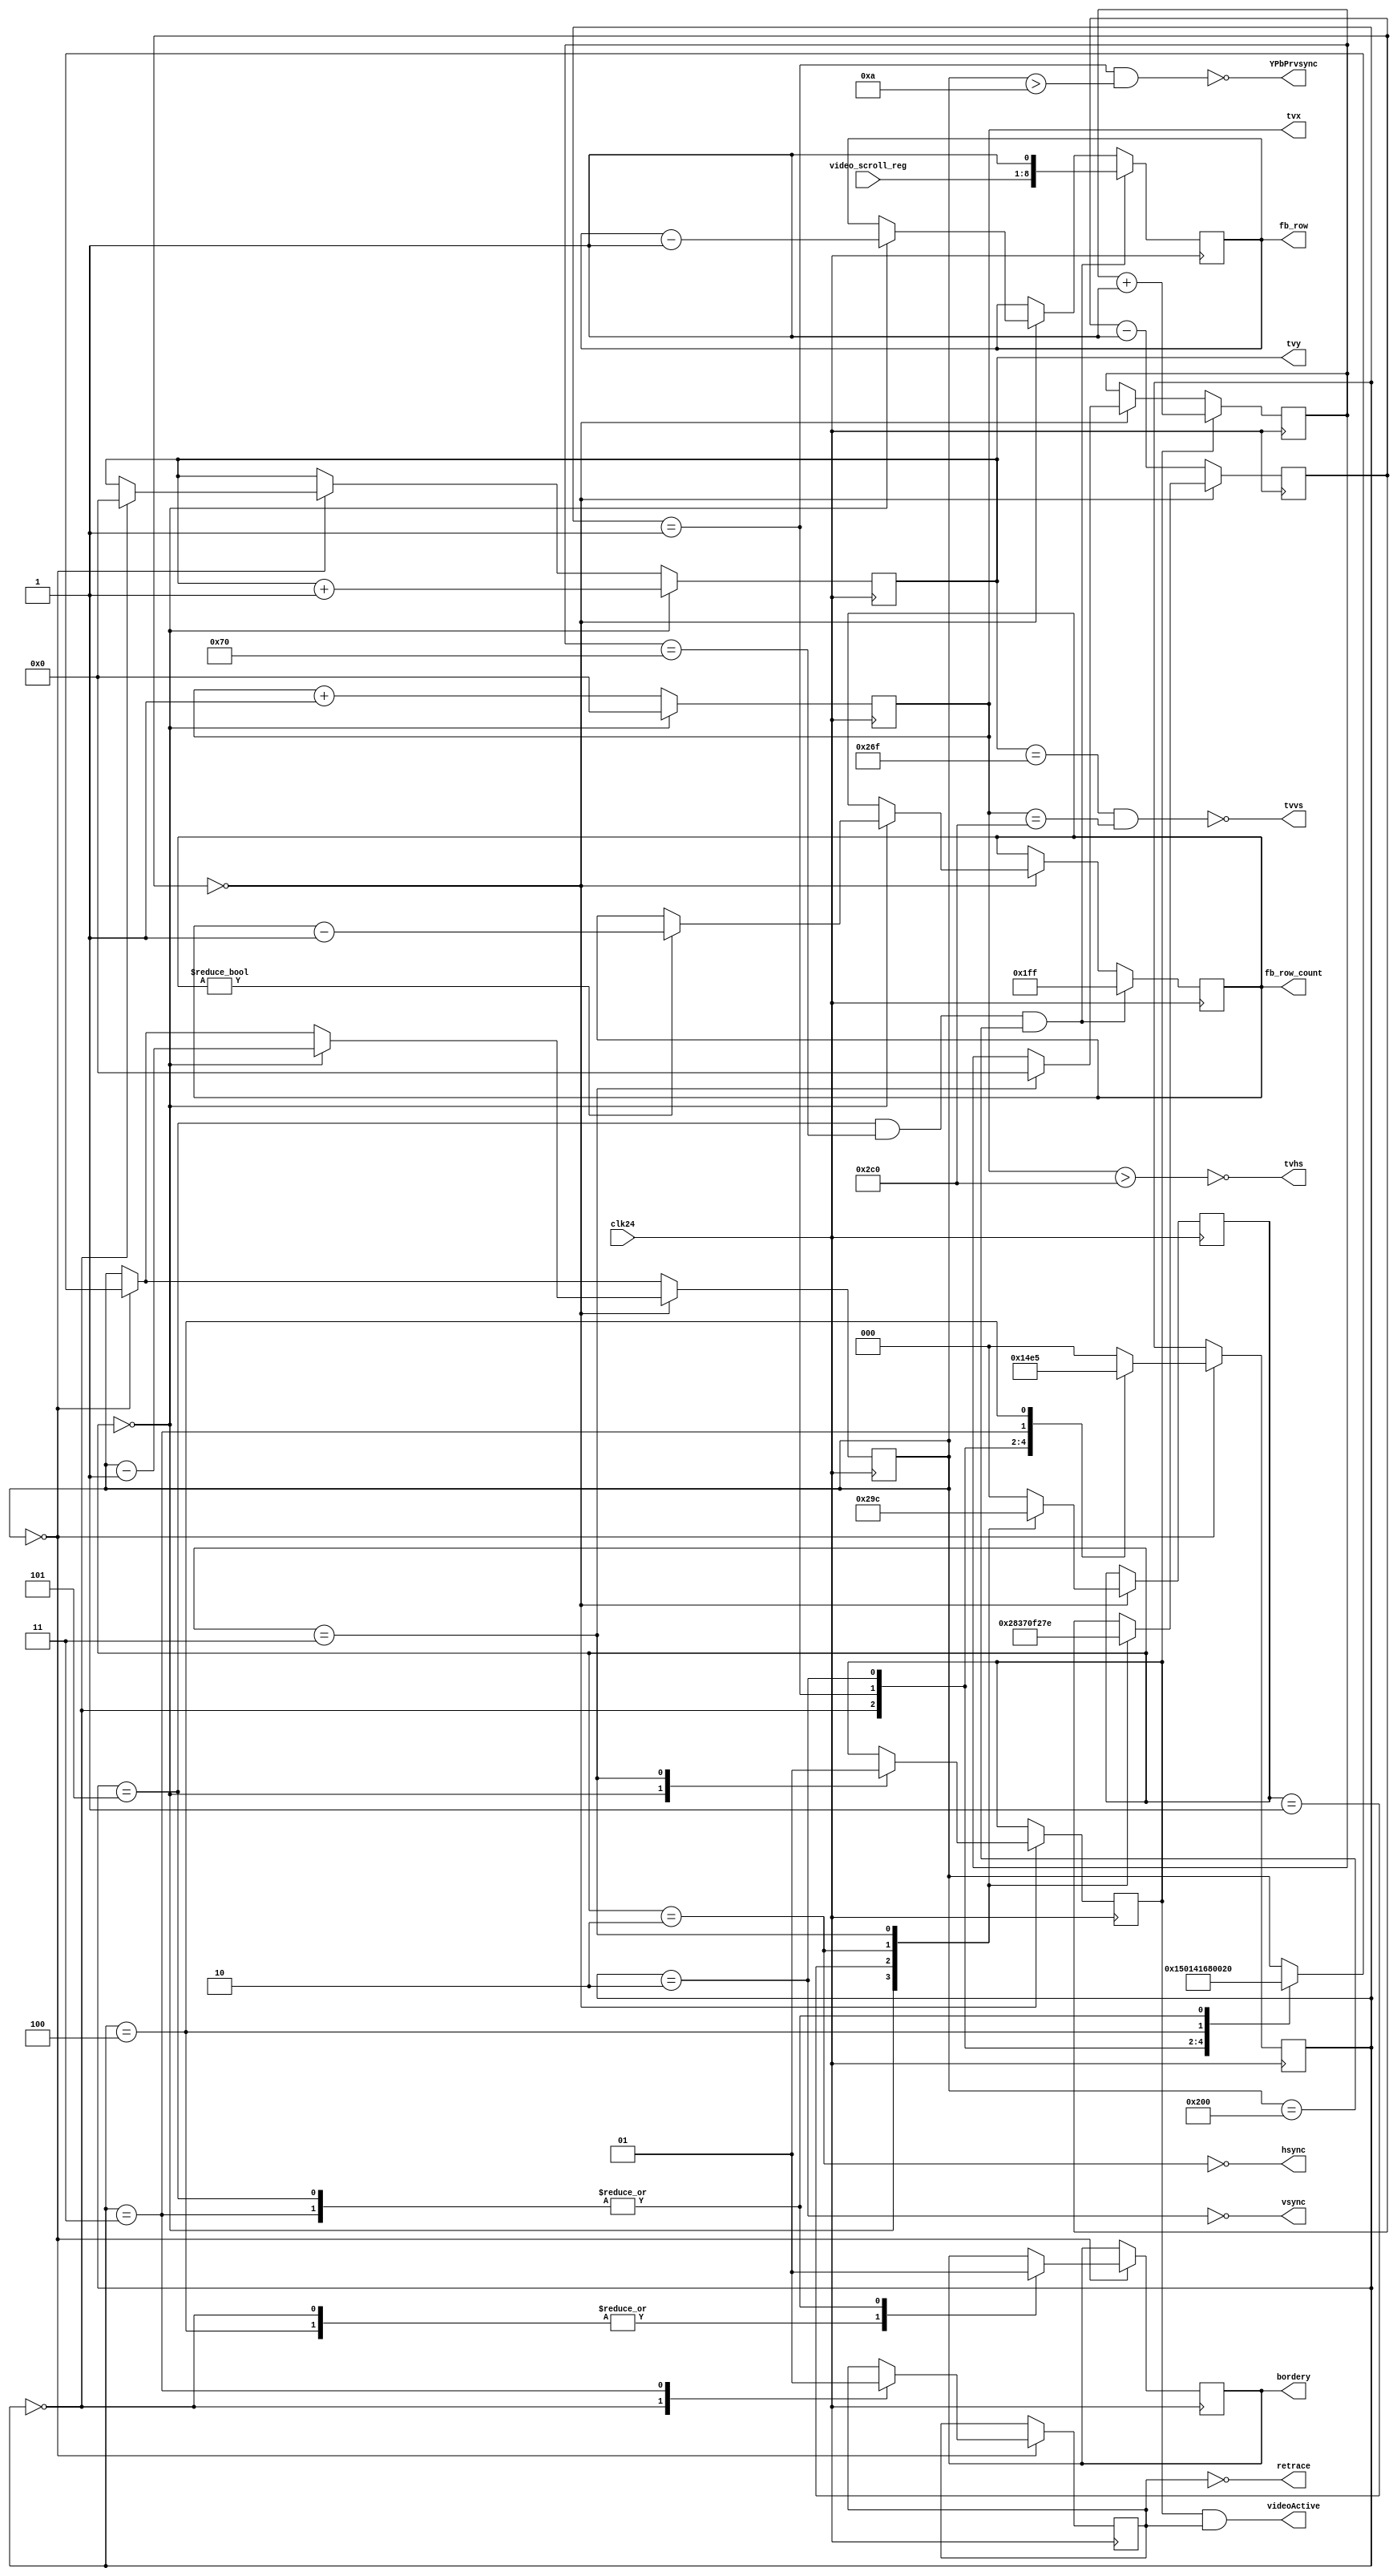
module vga_refresh(clk24, hsync, vsync, YPbPrvsync, videoActive, bordery, retrace, video_scroll_reg, fb_row, fb_row_count, tvhs, tvvs, tvx, tvy);
input			clk24;
output			hsync;
output			vsync;
output			YPbPrvsync;
output			videoActive;
output	reg		bordery;
output 			retrace;
input	[7:0]	video_scroll_reg;
output	[8:0]	fb_row;
output  [8:0]	fb_row_count;
output			tvhs, tvvs;
output  [9:0]	tvx,tvy;

// total = 624
// visible = (16 + 256 + 16)*2 = 288*2 = 576
// rest = 624-576 = 48

parameter SCREENWIDTH = 10'd640;	
parameter SCREENHEIGHT = 10'd576;
parameter VISIBLEHEIGHT = SCREENHEIGHT - 2*2*16;
parameter SCROLLLOAD_X = 112;	// when on line 0 scroll register is copied into the line counter

reg videoActiveX;			// 1 == X is within visible area
reg videoActiveY;			// 1 == Y is within visible area
wire videoActive = videoActiveX & videoActiveY;

assign retrace = !videoActiveY;
assign hsync = !(scanxx_state == state2);
assign vsync = !(scanyy_state == state2);
assign YPbPrvsync = !((scanyy_state == state1)&&(scanyy>10'd10));

//assign tvhs = !((tvx > (0)) && (tvx < (96)));
assign tvhs = !(tvx > 800-96);
//assign tvvs = !(tvy < 6);
assign tvvs = !(tvy == 623 && tvx == 800-96);

reg[9:0] tvx;
reg[9:0] tvy;

reg[9:0] realx;  
reg[9:0] realy;

reg[2:0] scanxx_state;		// x-machine state
reg[2:0] scanyy_state;		// y-machine state
reg[9:0] scanxx;			// x-state timer/counter
reg[9:0] scanyy;			// y-state timer/counter

//
// framebuffer variables
//
reg [8:0] fb_row;			// fb row
reg [8:0] fb_row_count;



parameter state0 = 3'b000, state1 = 3'b001, state2 = 3'b010, state3 = 3'b011, state4 = 3'b100, state5 = 3'b101, state6 = 3'b110, state7 = 3'b111;

always @(posedge clk24) begin
		if (scanyy == 0) begin 
			case (scanyy_state)
			state0:
					begin
						scanyy <= 10'd21;
						scanyy_state <= state1;
						bordery <= 0;
						tvy <= 0;
						videoActiveY <= 0;
					end
			state1: // VSYNC
					begin
						scanyy <= 10'd5;
						scanyy_state <= state2;
					end
			state2: // BACK PORCH + TOP BORDER
					begin
						scanyy <= 10'd22;
						scanyy_state <= state3;
					end
			state3:
					begin
						scanyy <= 10'd32; // 16 * 2: top and bottom borders
						videoActiveY <= 1;
						realy <= 0;
						bordery <= 1;
						scanyy_state <= state4;
					end
			state4:
					begin
						scanyy <= VISIBLEHEIGHT;
						bordery <= 0;
						scanyy_state <= state5;
					end
			state5:
					begin
						//fb_row <= 1;
						scanyy <= 2 * (8'd16);
						bordery <= 1;
						scanyy_state <= state0;
					end
			default:
					begin
						scanyy_state <= state0;
					end
			endcase
		end 
		
		if (scanxx == 0) begin	
			case (scanxx_state) 
			state0: // enter FRONT PORCH + LEFT BORDER
					begin 
						scanxx <= 10'd11 - 1'b1;
						scanyy <= scanyy - 1'b1;

						scanxx_state <= state1;
						videoActiveX <= 1'b0;

						realy <= realy + 1'b1;
				
						fb_row <= fb_row - 1'b1;
						if (fb_row_count != 0) begin
							fb_row_count <= fb_row_count - 1'b1;
						end 
												
						tvx <= 0;
					end
			state1: // enter HSYNC PULSE
					begin 
						scanxx <= 10'd56 - 1'b1; 
						scanxx_state <= state2;
					end
			state2:	// enter BACK PORCH + RIGHT BORDER
					begin
						scanxx <= 10'd60;
						scanxx_state <= state3;
					end
			state3:	// enter VISIBLE AREA
					begin
						videoActiveX <= 1'b1;
						realx <= 9'b0;
						scanxx <= SCREENWIDTH - 1'b1 - 1'b1; // borrow one from state4
						scanxx_state <= state4;
					end
			state4:
					begin
						scanxx_state <= state0;
					end
			default: 
					begin
						scanxx_state <= state0;
					end
			endcase
		end 
		else scanxx <= scanxx - 1'b1;

		// load scroll register at this precise moment
		if (scanyy_state == state5 && realx == SCROLLLOAD_X && scanyy == VISIBLEHEIGHT) begin
			fb_row <= {video_scroll_reg, 1'b1};
			fb_row_count <= 511;
		end
		
		if (videoActiveX) begin
			realx <= realx + 1'b1;
		end
		
		if (scanxx_state == state0) 
			tvx <= 0;
		else 
			tvx <= tvx + 1;
			
		if (scanxx_state == state0) begin
			tvy <= tvy + 1;
		end
		
end

endmodule